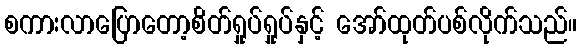
စကားလာပြောတော့စိတ်ရှုပ်ရှုပ်နှင့် အော်ထုတ်ပစ်လိုက်သည်။